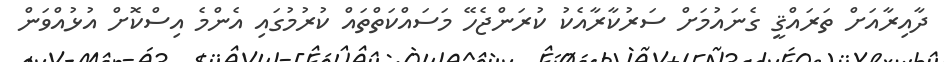
ދާއިރާއަށް ތަރައްޤީ ގެނައުމަށް ސަރުކާރާއެކު ކުރަންޖެހޭ މަސައްކަތްތައް ކުރުމުގައި އެންމެ އިސްކޮށް އުޅުއްވަން